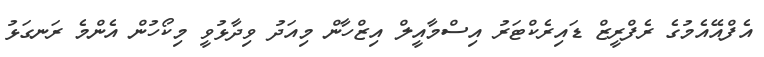
އެފްއޭއެމުގެ ރެފްރީޒް ޑައިރެކްޓަރު އިސްމާއީލް އިޒްހާން މިއަދު ވިދާޅުވީ މިކޯހުން އެންމެ ރަނގަޅު